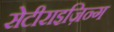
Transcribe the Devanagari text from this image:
सेटीराइज़िन्ग